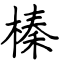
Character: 榛